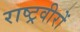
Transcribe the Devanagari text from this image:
राष्ट्रवीरों